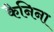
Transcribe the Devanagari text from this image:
कैनिना